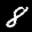
Label: 8